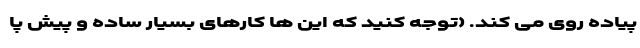
پیاده روی می کند. (توجه کنید که این ها کارهای بسیار ساده و پیش پا